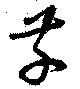
草